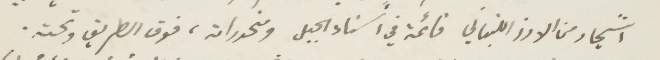
رشجار من الأرز اللبناني قائمة في اسناء الجبل ومنحدراته، فوق الطريق وتحته.